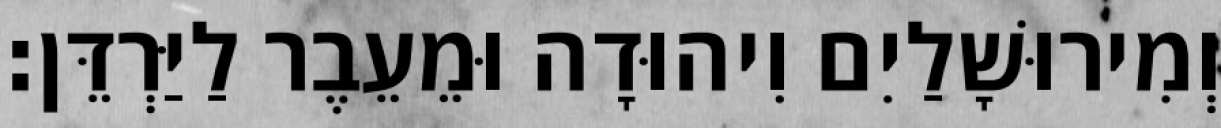
וְמִירוּשָׁלַיִם וִיהוּדָה וּמֵעֵבֶר לַיַּרְדֵּן׃